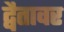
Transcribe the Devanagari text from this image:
द्वैतावर